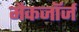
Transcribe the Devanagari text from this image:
मैकजॉर्ज